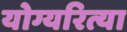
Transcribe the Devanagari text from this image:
योग्यरित्या